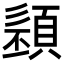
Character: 𩓭